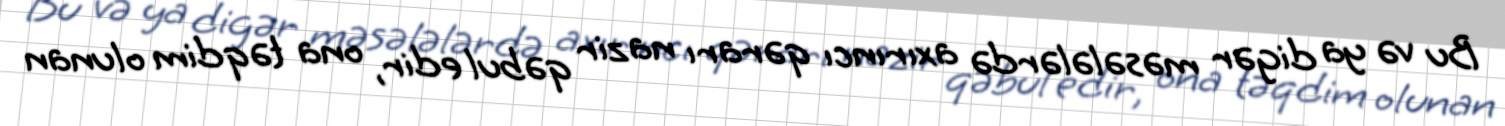
Bu və ya digər məsələlərdə axırıncı qərarı nazir qəbul edir, ona təqdim olunan